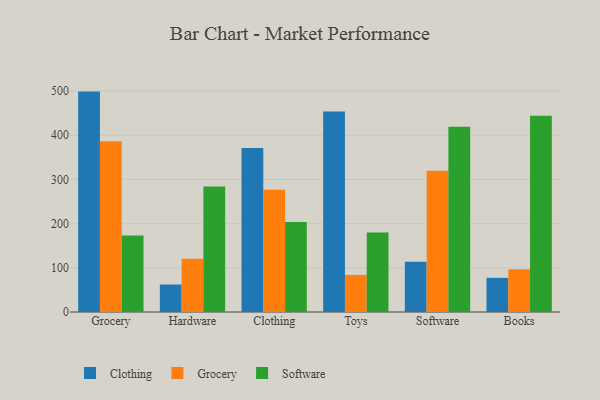
{"axis": {"x": "Category", "y": "Bounce Rate (%)"}, "legend": ["Clothing", "Grocery", "Software"], "data": [{"x": "Grocery", "y": 498.8, "type": "Clothing"}, {"x": "Grocery", "y": 386.7, "type": "Grocery"}, {"x": "Grocery", "y": 173.1, "type": "Software"}, {"x": "Hardware", "y": 62.2, "type": "Clothing"}, {"x": "Hardware", "y": 120.5, "type": "Grocery"}, {"x": "Hardware", "y": 284.3, "type": "Software"}, {"x": "Clothing", "y": 371.0, "type": "Clothing"}, {"x": "Clothing", "y": 276.9, "type": "Grocery"}, {"x": "Clothing", "y": 203.8, "type": "Software"}, {"x": "Toys", "y": 453.7, "type": "Clothing"}, {"x": "Toys", "y": 83.9, "type": "Grocery"}, {"x": "Toys", "y": 179.8, "type": "Software"}, {"x": "Software", "y": 113.5, "type": "Clothing"}, {"x": "Software", "y": 319.5, "type": "Grocery"}, {"x": "Software", "y": 419.1, "type": "Software"}, {"x": "Books", "y": 77.3, "type": "Clothing"}, {"x": "Books", "y": 96.6, "type": "Grocery"}, {"x": "Books", "y": 444.1, "type": "Software"}]}